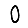
Digit: 0